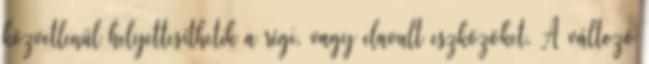
közvetlenül helyettesíthetik a régi, vagy elavult eszközöket. A változó